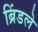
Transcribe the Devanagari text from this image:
ब्रिंडले